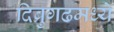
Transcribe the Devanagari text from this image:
दिब्रुगढमध्ये